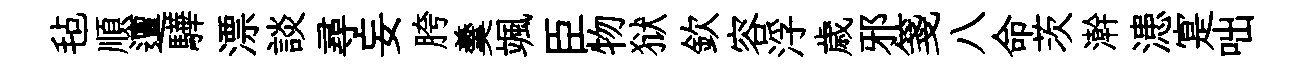
毡順邅驊漂談尋妄胯羹颯臣物狱欽容浮歳邪箋八命茨澣漶寔咄